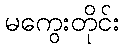
မကွေးတိုင်း